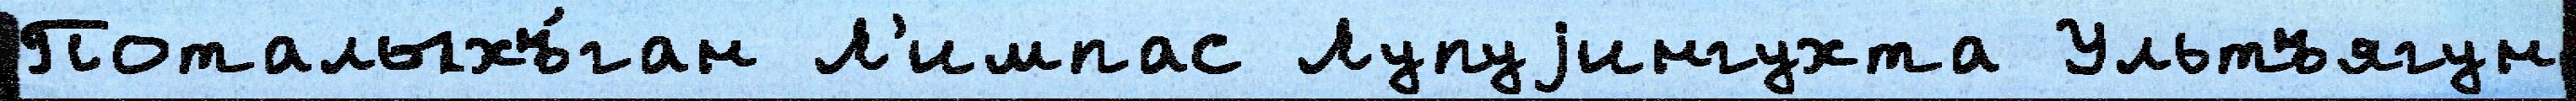
Поталыхъ́ган Л'импас Лупуjингухта Ультъягун